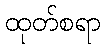
ထုတ်စရာ